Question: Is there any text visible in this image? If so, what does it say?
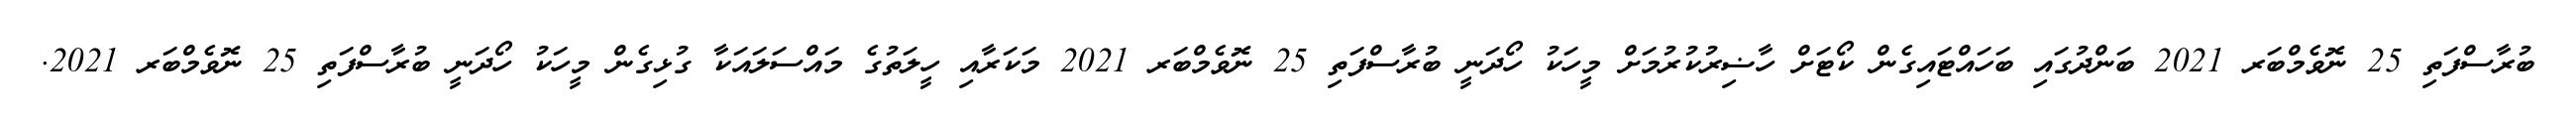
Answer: ބުރާސްފަތި 25 ނޮވެމްބަރ 2021 ބަންދުގައި ބަހައްޓައިގެން ކޯޓަށް ހާޟިރުކުރުމަށް މީހަކު ހޯދަނީ ބުރާސްފަތި 25 ނޮވެމްބަރ 2021 މަކަރާއި ހީލަތުގެ މައްސަލައަކާ ގުޅިގެން މީހަކު ހޯދަނީ ބުރާސްފަތި 25 ނޮވެމްބަރ 2021.